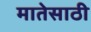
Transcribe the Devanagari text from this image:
मातेसाठी